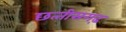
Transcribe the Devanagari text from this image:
छत्‍तीसगढ़़